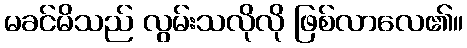
မခင်မိသည် လွမ်းသလိုလို ဖြစ်လာလေ၏။